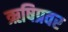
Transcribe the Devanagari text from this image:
ऋषिप्रवर